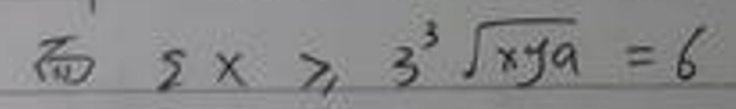
\(2x\geqslant3\sqrt[3]{xya}=6\)